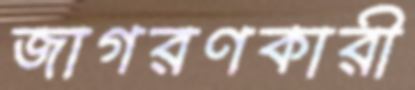
জাগরণকারী